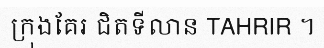
ក្រុងគែរ ជិតទីលាន TAHRIR ។